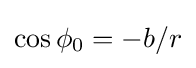
\cos \phi _{0}=-b/r